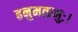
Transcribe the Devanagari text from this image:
हनुमत्प्रभुः।